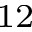
_ { 1 2 }